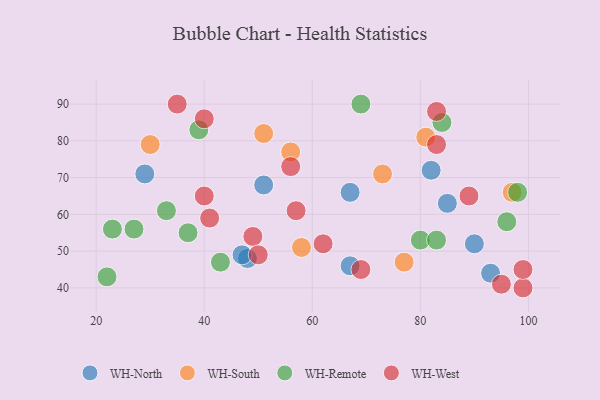
{"axis": {"x": "GDP", "y": "Life Expectancy"}, "legend": ["WH-North", "WH-Remote", "WH-South", "WH-West"], "data": [{"x": "67", "y": 46, "type": "WH-North"}, {"x": "93", "y": 44, "type": "WH-North"}, {"x": "51", "y": 68, "type": "WH-North"}, {"x": "90", "y": 52, "type": "WH-North"}, {"x": "29", "y": 71, "type": "WH-North"}, {"x": "67", "y": 66, "type": "WH-North"}, {"x": "82", "y": 72, "type": "WH-North"}, {"x": "48", "y": 48, "type": "WH-North"}, {"x": "47", "y": 49, "type": "WH-North"}, {"x": "85", "y": 63, "type": "WH-North"}, {"x": "73", "y": 71, "type": "WH-South"}, {"x": "81", "y": 81, "type": "WH-South"}, {"x": "51", "y": 82, "type": "WH-South"}, {"x": "58", "y": 51, "type": "WH-South"}, {"x": "97", "y": 66, "type": "WH-South"}, {"x": "56", "y": 77, "type": "WH-South"}, {"x": "77", "y": 47, "type": "WH-South"}, {"x": "30", "y": 79, "type": "WH-South"}, {"x": "69", "y": 90, "type": "WH-Remote"}, {"x": "80", "y": 53, "type": "WH-Remote"}, {"x": "43", "y": 47, "type": "WH-Remote"}, {"x": "83", "y": 53, "type": "WH-Remote"}, {"x": "27", "y": 56, "type": "WH-Remote"}, {"x": "22", "y": 43, "type": "WH-Remote"}, {"x": "98", "y": 66, "type": "WH-Remote"}, {"x": "84", "y": 85, "type": "WH-Remote"}, {"x": "23", "y": 56, "type": "WH-Remote"}, {"x": "33", "y": 61, "type": "WH-Remote"}, {"x": "37", "y": 55, "type": "WH-Remote"}, {"x": "96", "y": 58, "type": "WH-Remote"}, {"x": "39", "y": 83, "type": "WH-Remote"}, {"x": "69", "y": 45, "type": "WH-West"}, {"x": "62", "y": 52, "type": "WH-West"}, {"x": "83", "y": 88, "type": "WH-West"}, {"x": "49", "y": 54, "type": "WH-West"}, {"x": "57", "y": 61, "type": "WH-West"}, {"x": "40", "y": 86, "type": "WH-West"}, {"x": "41", "y": 59, "type": "WH-West"}, {"x": "35", "y": 90, "type": "WH-West"}, {"x": "99", "y": 40, "type": "WH-West"}, {"x": "89", "y": 65, "type": "WH-West"}, {"x": "95", "y": 41, "type": "WH-West"}, {"x": "50", "y": 49, "type": "WH-West"}, {"x": "40", "y": 65, "type": "WH-West"}, {"x": "99", "y": 45, "type": "WH-West"}, {"x": "83", "y": 79, "type": "WH-West"}, {"x": "56", "y": 73, "type": "WH-West"}]}